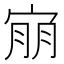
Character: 𫳕